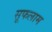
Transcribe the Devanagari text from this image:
सूफलाम